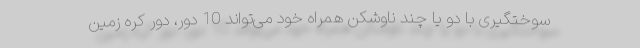
سوختگیری با دو یا چند ناوشکن همراه خود می‌تواند 10 دور، دور کره زمین